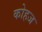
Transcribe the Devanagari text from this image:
कोहज